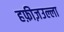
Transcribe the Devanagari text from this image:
हफ़ीज़उल्ला